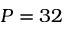
P = 3 2